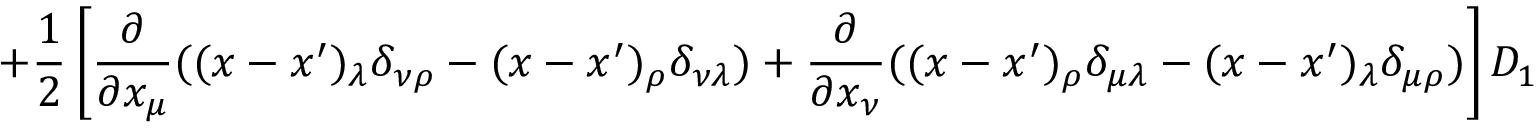
+ \frac 1 2 \left[ \frac { \partial } { \partial x _ { \mu } } ( ( x - x ^ { \prime } ) _ { \lambda } \delta _ { \nu \rho } - ( x - x ^ { \prime } ) _ { \rho } \delta _ { \nu \lambda } ) + \frac { \partial } { \partial x _ { \nu } } ( ( x - x ^ { \prime } ) _ { \rho } \delta _ { \mu \lambda } - ( x - x ^ { \prime } ) _ { \lambda } \delta _ { \mu \rho } ) \right] D _ { 1 } \left( ( x - x ^ { \prime } ) ^ { 2 } \right) \Biggr \} .